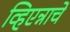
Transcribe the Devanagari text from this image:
व्हिएन्नाचे